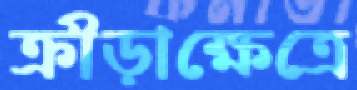
ক্রীড়াক্ষেত্রে